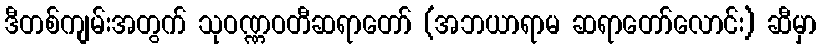
ဒီတစ်ကျမ်းအတွက် သုဝဏ္ဏဝတီဆရာတော် (အဘယာရာမ ဆရာတော်လောင်း) ဆီမှာ